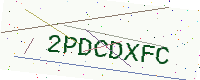
Text: 2PDCDXFC